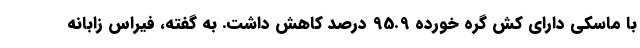
با ماسکی دارای کش گره خورده 95.9 درصد کاهش داشت. به گفته، فیراس زابانه